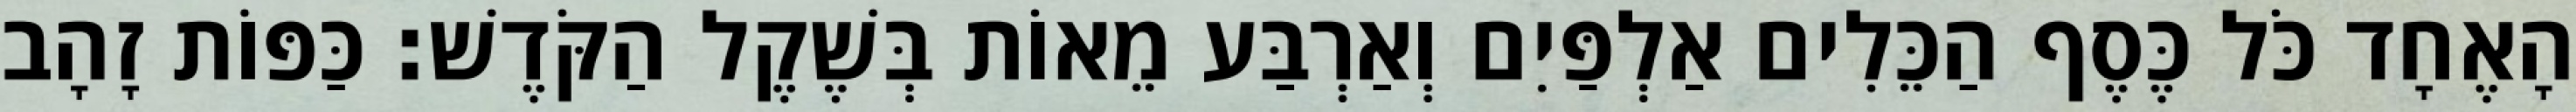
הָאֶחָד כֹּל כֶּסֶף הַכֵּלִים אַלְפַּיִם וְאַרְבַּע מֵאוֹת בְּשֶׁקֶל הַקֹּדֶשׁ׃ כַּפּוֹת זָהָב